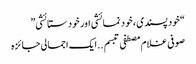
“خود پسندی ، خود نمائشی اور خود ستائشی”
صوفی غلام مصطفی تبسم ..ایک اجمالی جائزہ